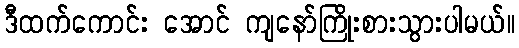
ဒီထက်ကောင်း အောင် ကျနော်ကြိုးစားသွားပါမယ်။